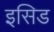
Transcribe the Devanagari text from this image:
इसिड